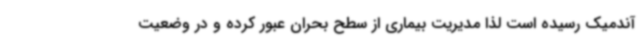
آندمیک رسیده است لذا مدیریت بیماری از سطح بحران عبور کرده و در وضعیت